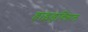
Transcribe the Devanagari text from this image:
हाइड्रक्सिल